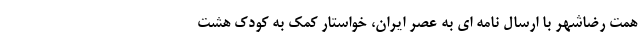
همت رضاشهر با ارسال نامه ای به عصر ایران، خواستار کمک به کودک هشت